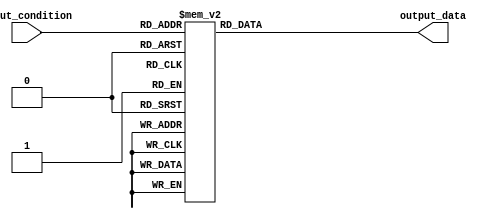
module generate_case_block(
    input [2:0] input_condition,
    output reg [3:0] output_data
);

always @*
begin
    case(input_condition)
        3'b000: output_data = 4'b0000;
        3'b001: output_data = 4'b0001;
        3'b010: output_data = 4'b0010;
        3'b011: output_data = 4'b0011;
        3'b100: output_data = 4'b0100;
        3'b101: output_data = 4'b0101;
        3'b110: output_data = 4'b0110;
        3'b111: output_data = 4'b0111;
        default: output_data = 4'b1111;
    endcase
end

endmodule